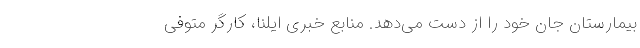
بیمارستان جان خود را از دست می‌دهد. منابع خبری ایلنا، کارگر متوفی